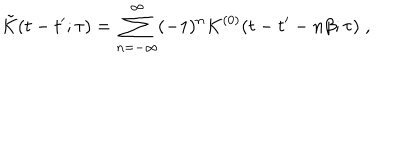
LaTeX: \tilde { K } ( t - t ^ { \prime } ; \tau ) = \sum _ { n = - \infty } ^ { \infty } ( - 1 ) ^ { n } K ^ { ( 0 ) } ( t - t ^ { \prime } - n \beta ; \tau ) \; ,